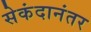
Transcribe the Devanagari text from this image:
सेकंदानंतर